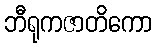
ဘီရုကဇာတိကော